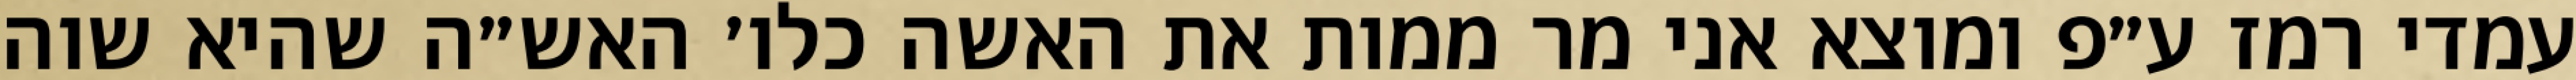
עמדי רמז ע״פ ומוצא אני מר ממות את האשה כלו׳ האש״ה שהיא שוה